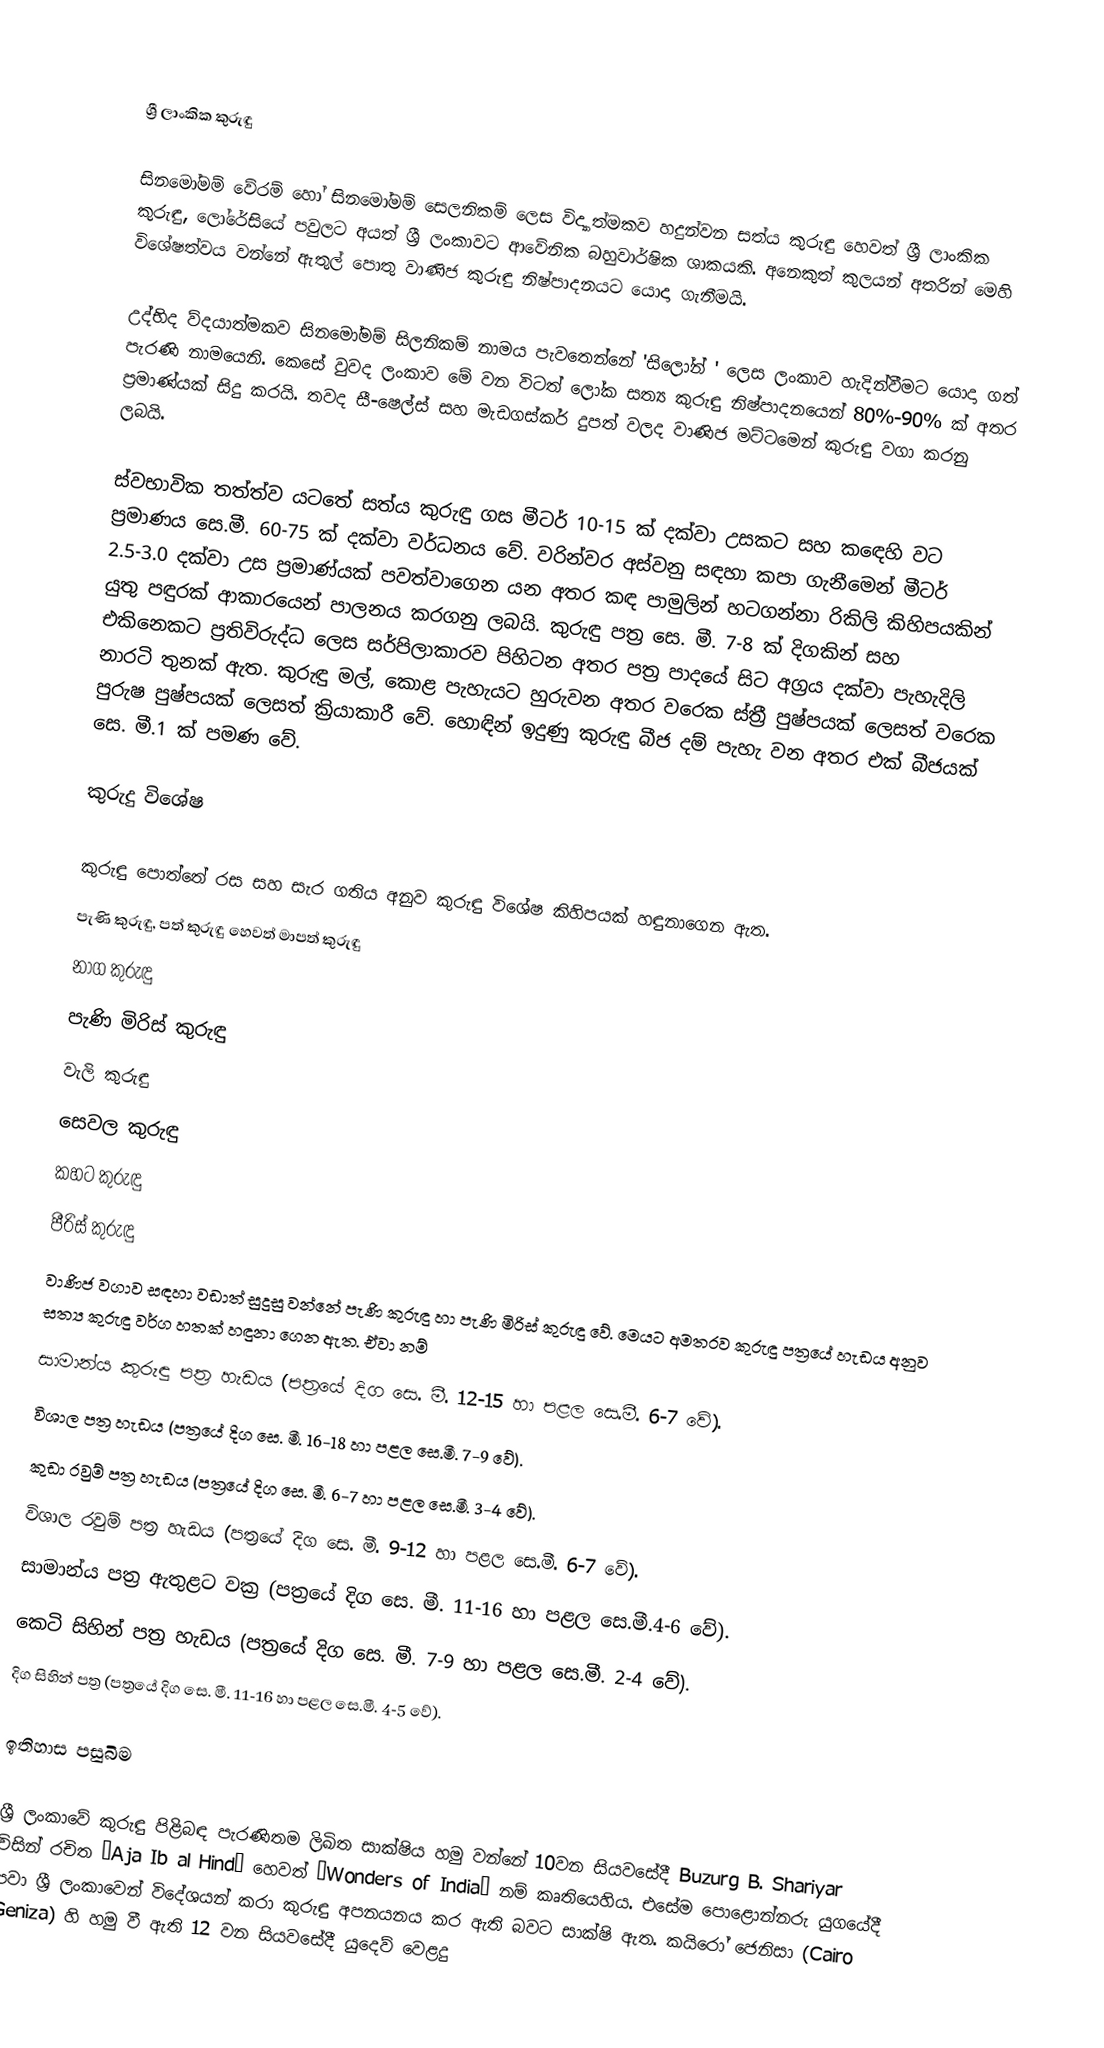

ශ්‍රී ලාංකික කුරුඳු

සිනමෝමම් වේරම් හෝ සිනමෝමම් සෙලනිකම් ලෙස විද්‍යාත්මකව හදුන්වන සත්ය කුරුඳු හෙවත් ශ්‍රී ලාංකික කුරුඳු, ලෝරේසියේ පවුලට අයත් ශ්‍රී ලංකාවට ආවේනික බහුවාර්ෂික ශාකයකි. අනෙකුත් කුලයන් අතරින් මෙහි  විශේෂත්වය වන්නේ  ඇතුල් පොතු වාණිජ කුරුඳු නිෂ්පාදනයට යොදා  ගැනීමයි.

උද්භිද  ව්දයාත්මකව සිනමෝමම්  සිලනිකම් නාමය පැවතෙන්නේ 'සිලෝන් ' ලෙස ලංකාව හැදින්වීමට යොදා ගත් පැරණි නාමයෙනි. කෙසේ  වුවද ලංකාව මේ  වන විටත් ලෝක සත්‍ය කුරුඳු නිෂ්පාදනයෙන් 80%-90% ක් අතර ප්‍රමාණ්යක් සිදු කරයි. තවද  සී-ෂෙල්ස්  සහ මැඩගස්කර් දුපත් වලද වාණිජ මට්ටමෙන් කුරුඳු වගා කරනු ලබයි.

ස්වභාවික තත්ත්ව යටතේ සත්ය කුරුඳු  ගස මීටර් 10-15 ක් දක්වා  උසකට සහ කඳෙහි වට ප්‍රමාණය සෙ.මී. 60-75 ක් දක්වා වර්ධනය වේ. වරින්වර අස්වනු  සඳහා කපා ගැනීමෙන් මීටර් 2.5-3.0 දක්වා  උස ප්‍රමාණ්යක් පවත්වාගෙන යන අතර කඳ පාමුලින් හටගන්නා රිකිලි කිහිපයකින් යුතු පඳුරක් ආකාරයෙන් පාලනය කරගනු ලබයි. කුරුඳු පත්‍ර සෙ. මී. 7-8 ක් දිගකින් සහ එකිනෙකට ප්‍රතිවිරුද්ධ ලෙස සර්පිලාකාරව පිහිටන අතර පත්‍ර  පාදයේ සිට අග්‍රය දක්වා පැහැදිලි නාරටි තුනක් ඇත. කුරුඳු මල්, කොළ  පැහැයට හුරුවන අතර වරෙක ස්ත්‍රී පුෂ්පයක් ලෙසත් වරෙක පුරුෂ පුෂ්පයක් ලෙසත් ක්‍රියාකාරී වේ. හොඳින් ඉදුණු කුරුඳු බීජ දම් පැහැ වන අතර එක් බීජයක් සෙ. මී.1 ක් පමණ වේ.

කුරුදු විශේෂ

කුරුඳු පොත්තේ රස සහ සැර  ගතිය අනුව කුරුඳු විශේෂ කිහිපයක් හඳුනාගෙන ඇත.
 පැණි  කුරුඳු, පත් කුරුඳු  හෙවත් මාපත් කුරුඳු
 නාග කුරුඳු
 පැණි මිරිස් කුරුඳු
 වැලි කුරුඳු
 සෙවල කුරුඳු
 කහට කුරුඳු
 පීරිස් කුරුඳු
වාණිජ වගාව සඳහා වඩාත් සුදුසු වන්නේ පැණි  කුරුඳු හා පැණි  මිරිස් කුරුඳු වේ. මෙයට අමතරව කුරුඳු පත්‍රයේ හැඩය අනුව සත්‍ය කුරුඳු වර්ග හතක් හඳුනා ගෙන ඇත. ඒවා නම්
 සාමාන්ය කුරුඳු පත්‍ර හැඩය (පත්‍රයේ දිග සෙ. මී. 12-15 හා පළල සෙ.මී. 6-7 වේ).
 විශාල පත්‍ර හැඩය (පත්‍රයේ දිග සෙ. මී. 16-18 හා පළල සෙ.මී. 7-9 වේ).
 කුඩා රවුම් පත්‍ර හැඩය (පත්‍රයේ දිග සෙ. මී. 6-7 හා පළල සෙ.මී. 3-4 වේ).
 විශාල රවුම් පත්‍ර හැඩය (පත්‍රයේ දිග සෙ. මී. 9-12 හා පළල සෙ.මී. 6-7 වේ).
 සාමාන්ය පත්‍ර ඇතුළට වක්‍ර (පත්‍රයේ දිග සෙ. මී. 11-16 හා පළල සෙ.මී.4-6 වේ).
 කෙටි සිහින් පත්‍ර හැඩය (පත්‍රයේ දිග සෙ. මී. 7-9 හා පළල සෙ.මී. 2-4 වේ).
 දිග සිහින් පත්‍ර (පත්‍රයේ දිග සෙ. මී. 11-16 හා පළල සෙ.මී. 4-5 වේ).

ඉතිහාස පසුබිම

ශ්‍රී ලංකාවේ කුරුඳු පිළිබඳ පැරණිතම ලිඛිත සාක්ෂිය හමු වන්නේ 10වන සියවසේදී Buzurg B. Shariyar විසින් රචිත ‘Aja Ib al Hind’ හෙවත් ‘Wonders of India’ නම් කෘතියෙහිය. එසේම පොළොන්නරු යුගයේදී පවා ශ්‍රී ලංකාවෙන් විදේශයන් කරා කුරුඳු අපනයනය කර ඇති බවට සාක්ෂි ඇත. කයිරෝ ජෙනිසා (Cairo Geniza) හි හමු වී ඇති 12 වන සියවසේදී යුදෙව් වෙළදු